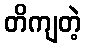
တိကျတဲ့